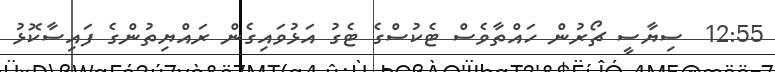
12:55  ސިޔާސީ ޗޯރުން ހައްތާވެސް ޓެކުސްގެ ޓެގު އަޅުވައިގެން ރައްޔިތުންގެ ފައިސާކޮޅު